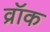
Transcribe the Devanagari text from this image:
व्रॉक